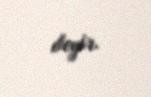
deyir.